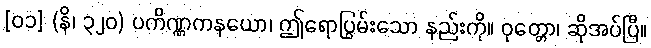
[၀၁] (နိ၊ ၃၂၀) ပကိဏ္ဏကနယော၊ ဤရောပြွမ်းသော နည်းကို။ ဝုတ္တော၊ ဆိုအပ်ပြီ။